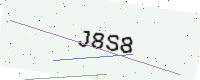
Text: J8S8